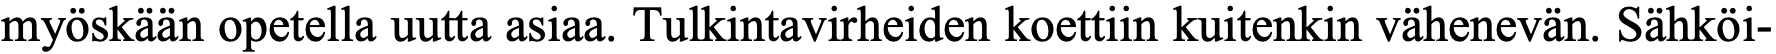
myöskään opetella uutta asiaa. Tulkintavirheiden koettiin kuitenkin vähenevän. Sähköi-